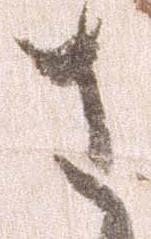
さ